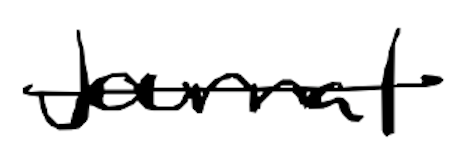
Text: journal
Cross-out: mix
Writing tool: digital_black